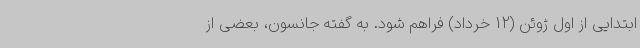
ابتدایی از اول ژوئن (12 خرداد) فراهم شود. به گفته جانسون، بعضی از